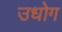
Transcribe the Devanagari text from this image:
उधाेग